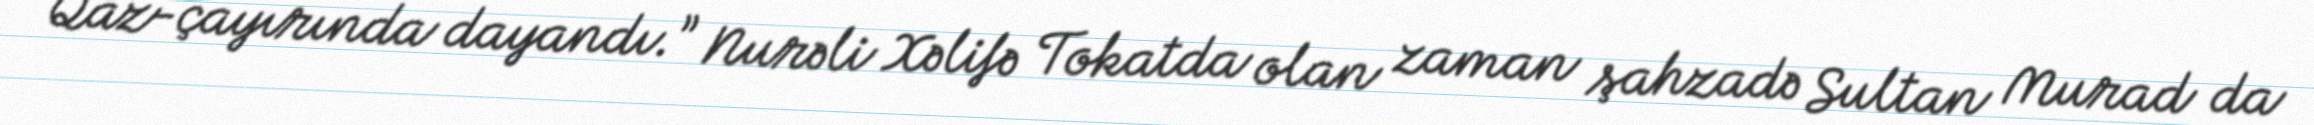
Qaz-çayırında dayandı.” Nurəli Xəlifə Tokatda olan zaman şahzadə Sultan Murad da